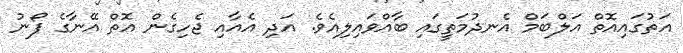
އަތުގައިއޮތް އަލްބަމް އެނދުމަތީގައި ބާއްވައިލިއެވެ. އަދި އެއާއި ޖެހިގެން އޮތް އޭނާގެ ފޯނު